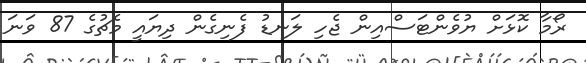
ރޯމާ ކޮޅަށް ޔުވެންޓަސްއިން ޖެހި ލަނޑު ފެނިގެން ދިޔައީ މެޗުގެ 87 ވަނަ